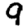
Digit: 9